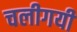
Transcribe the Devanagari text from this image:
चलीगयी